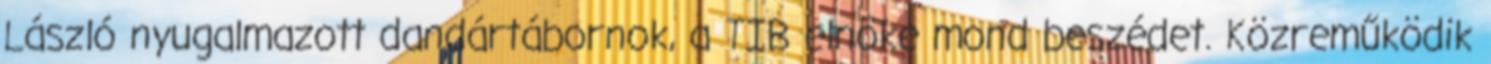
László nyugalmazott dandártábornok, a TIB elnöke mond beszédet. Közreműködik